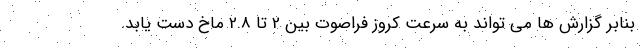
بنابر گزارش ها می تواند به سرعت کروز فراصوت بین 2 تا 2.8 ماخ دست یابد.